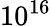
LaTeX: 10^{16}